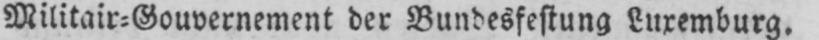
Militair⸗Gouvernement der Bundesfestung Luxemburg.